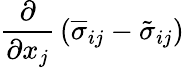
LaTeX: {\frac{\partial}{\partial x_{j}}}\left({\overline{{\sigma}}}_{ij}-{\tilde{\sigma}}_{ij}\right)